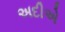
અદીએ